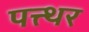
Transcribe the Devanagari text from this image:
पत्त्थर